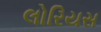
લોરિયસ